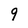
Character: 9